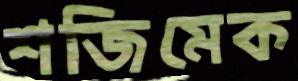
শজিমেক